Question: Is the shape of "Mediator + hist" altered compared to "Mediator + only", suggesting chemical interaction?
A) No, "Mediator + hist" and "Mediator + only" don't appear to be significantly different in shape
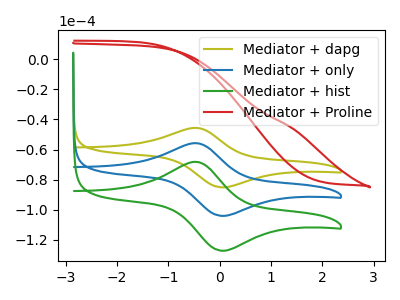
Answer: <think>The olive curve "Mediator + dapg" has an anodic peak at (-0.45V, -45.60uA) and a cathodic peak at (0.05V, -85.10uA). The blue curve "Mediator + only" has an anodic peak at (-0.45V, -55.80uA) and a cathodic peak at (0.05V, -104.10uA). The green curve "Mediator + hist" has an anodic peak at (-0.45V, -111.55uA) and a cathodic peak at (0.05V, -208.15uA). The red curve "Mediator + Proline" has no peaks.
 All the peaks in "Mediator + hist" have a peak in "Mediator + only" at the same potential.</think>
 <answer>A) No, "Mediator + hist" and "Mediator + only" don't appear to be significantly different in shape</answer>
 <eval>A</eval>